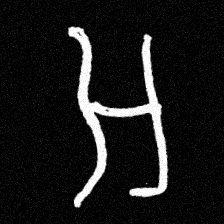
Pyu character \u2014 Myanmar letter: အ (romanized: a)